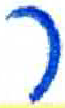
אות: ר